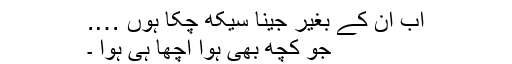
اب ان کے بغیر جینا سیکھ چکا ہوں ….
جو کچھ بھی ہوا اچھا ہی ہوا ۔